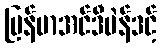
မြန်မာအင်ဒီပဲန်ဒင့်